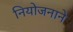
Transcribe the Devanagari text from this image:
नियोजनाने